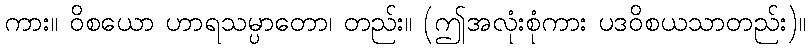
ကား။ ဝိစယော ဟာရသမ္ပာတော၊ တည်း။ (ဤအလုံးစုံကား ပဒဝိစယသာတည်း)။